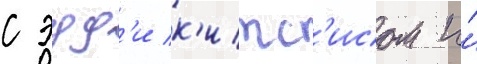
с эдд'и к'итс'исом и́